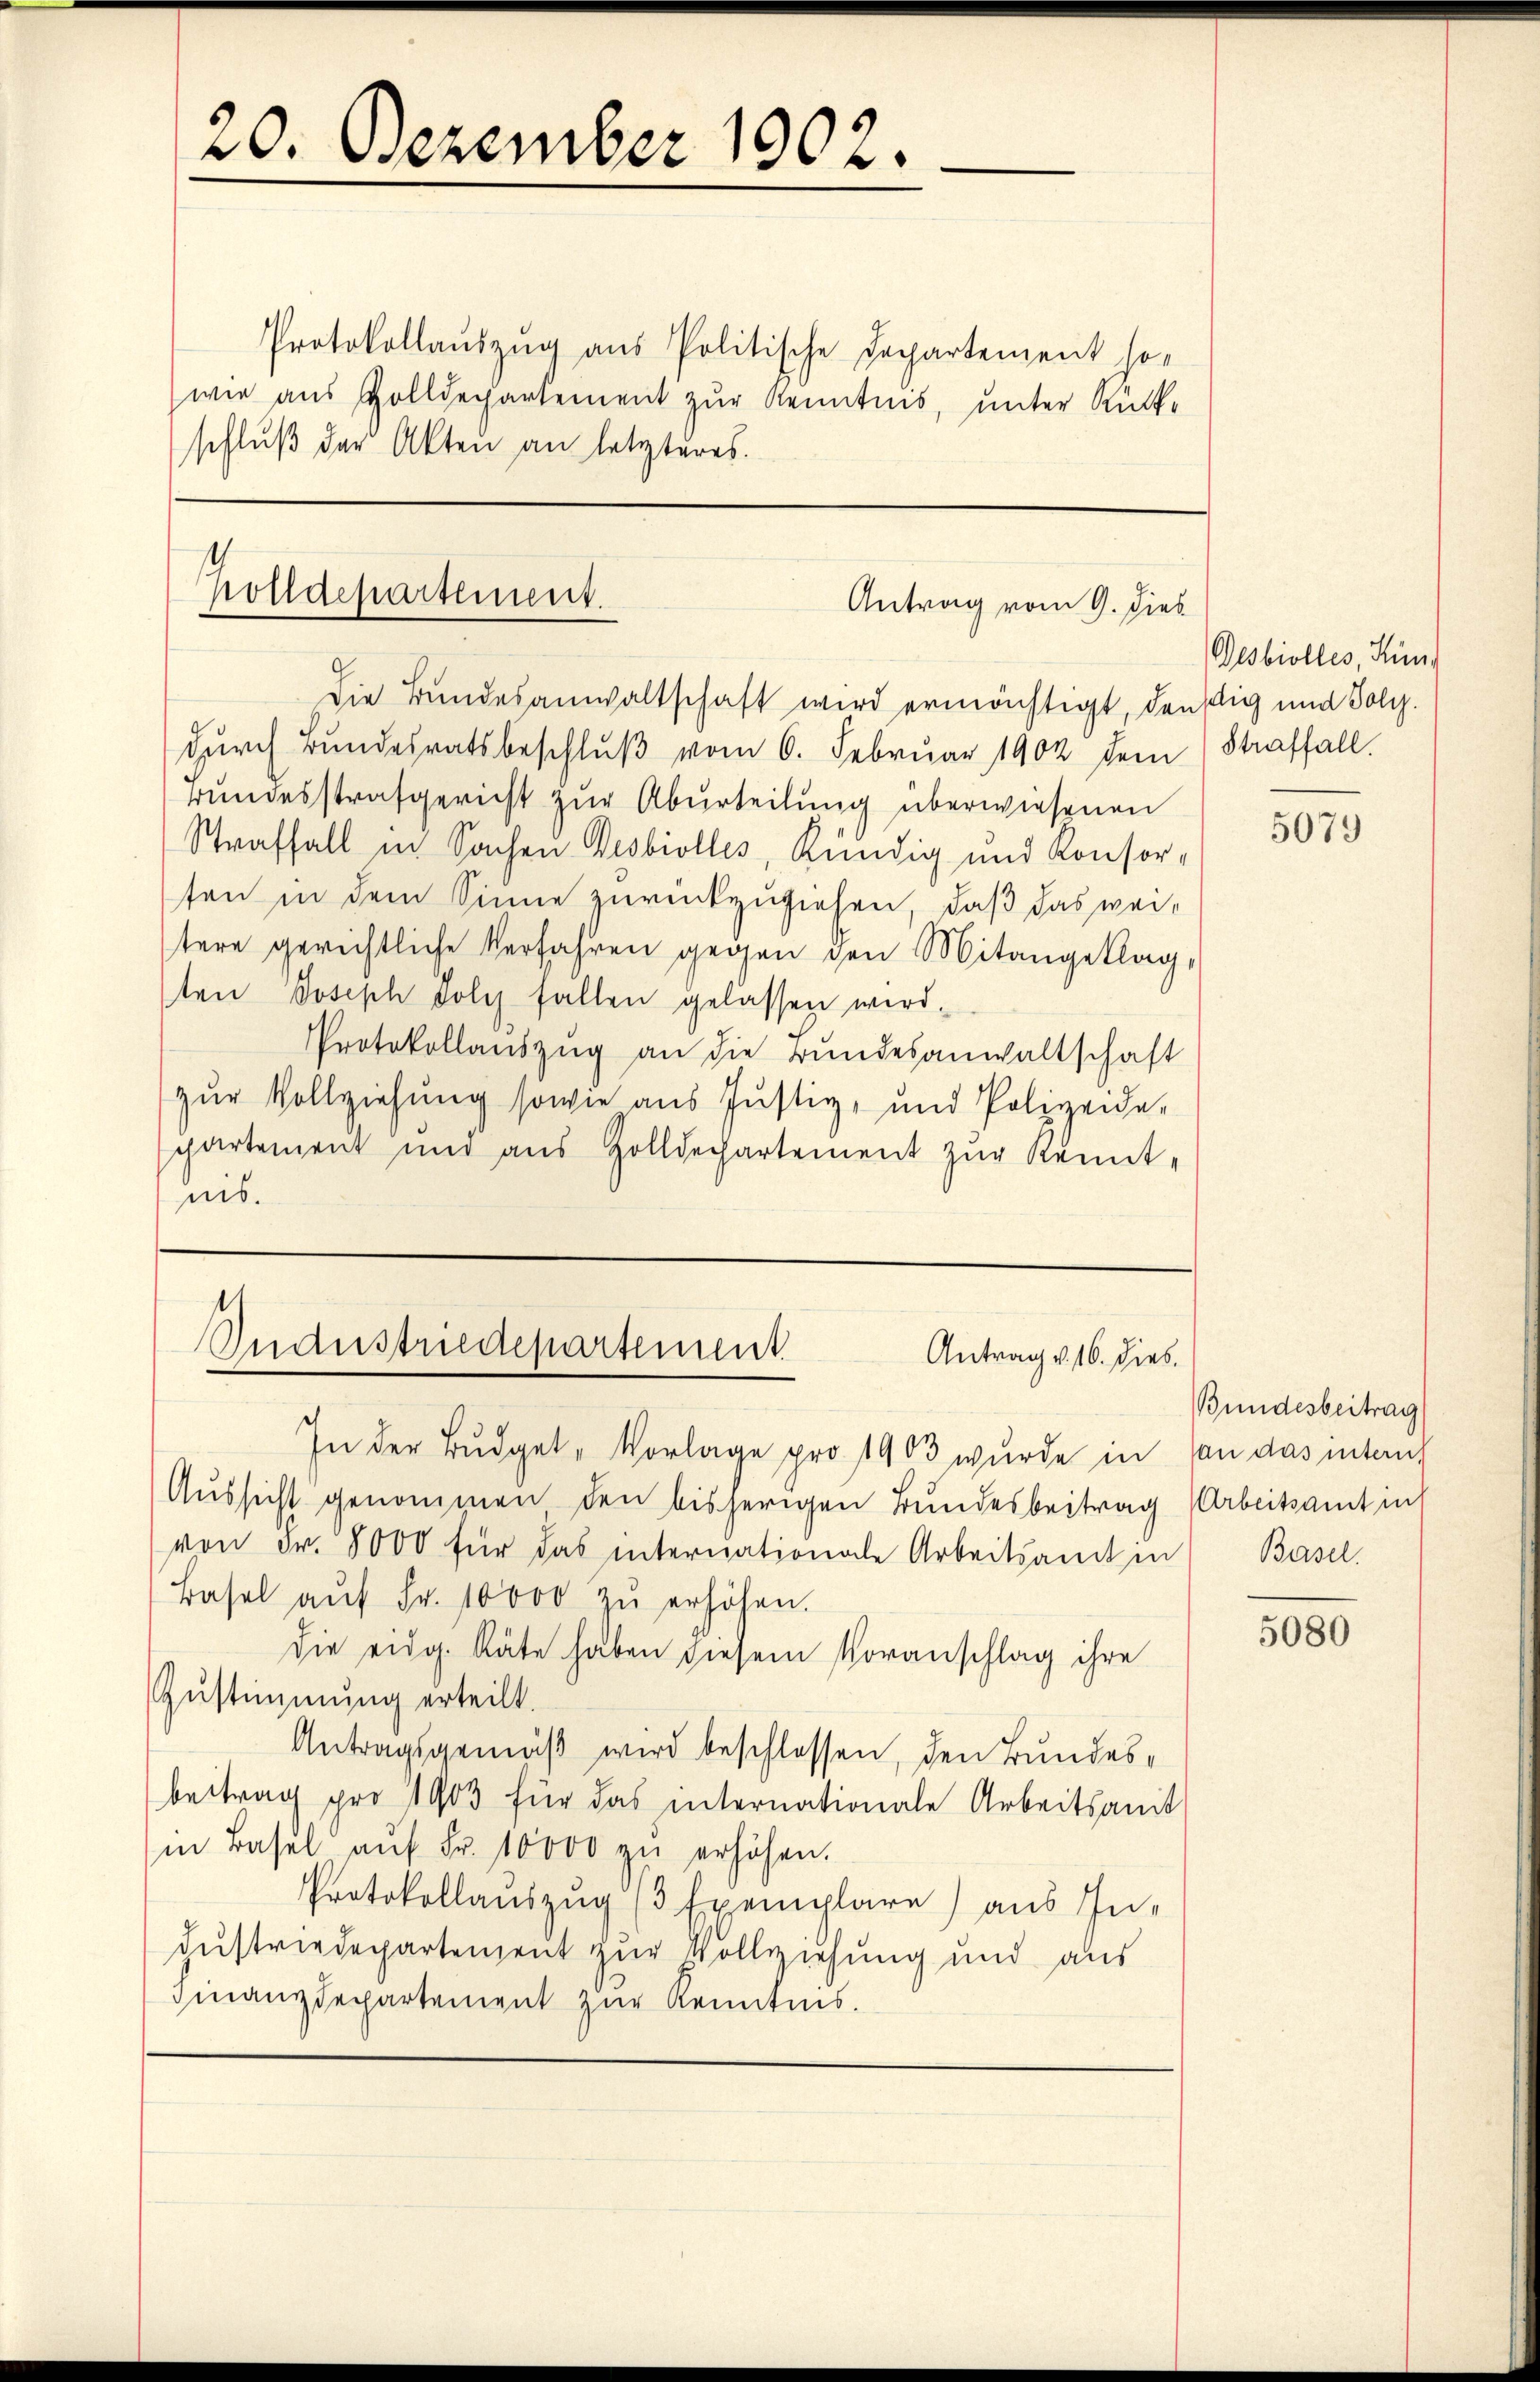
20. Dezember 1902.

Protokollauszug aus Politische Departement so-
wie aus Zolldepartement zur Kenntnis, unter Rück-
schluß der Akten an letzteres.

Holldepartement.
Antrag vom 9. Dieb

Die Bundesanwaltschaft wird ermächtigt, denstig und Polydurch Bundesratsbeschluß vom 6. Februar 1902 dem Straffall
Bundesstrafgericht zur Aburteilung überwiesenen
Straffall in Sachen Desbiolles, Kündig und Konsor-
ten in dem Sinne zurückzuziehen, daß das weitere gerichtliche Verfahren gegen den Mitangeklag,
ten Joseph volg fallen gelassen wird.
Protokollaŭszŭg an die rundesanwaltschaft
zŭr Vollziehŭng sowie aus Justiz- und Polizeide-
partement nŭr aŭs Zolldechartement zŭr Kennt-
nis.

Ondustriedepartement
Antrag v. 16. dies.

In der Budget- Vorlage pro 1903 wurde in von das intauf
Aŭssicht genommen den bisherigen Bundesbeitrag (Arbeitsamt in
von Fr. 8000 für das internationale Arbeitsamt in Basel
Basel aŭf Fr. 10000 zŭ erhöhen.
die eidg. Räte haben diesem Voranschlag ihre
Zustimmung erteilt.
Antragsgemäß wird beschlossen, den Bundesbeitrag pro 1903 für das internationale Arbeitsamit
in Basel aŭf Fr. 10000 zŭ erhöhen.
Protokollaŭszŭg (3 Exemplare) aus In-
dustriedepartement zur Vollziehung und aus
Finanzdepartement zur Kenntnis.

Desbiolles, Hun

5079

Bundesbeitrag

5080